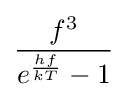
{\frac {f^{3}}{e^{\frac {hf}{kT}}-1}}